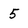
Character: 5